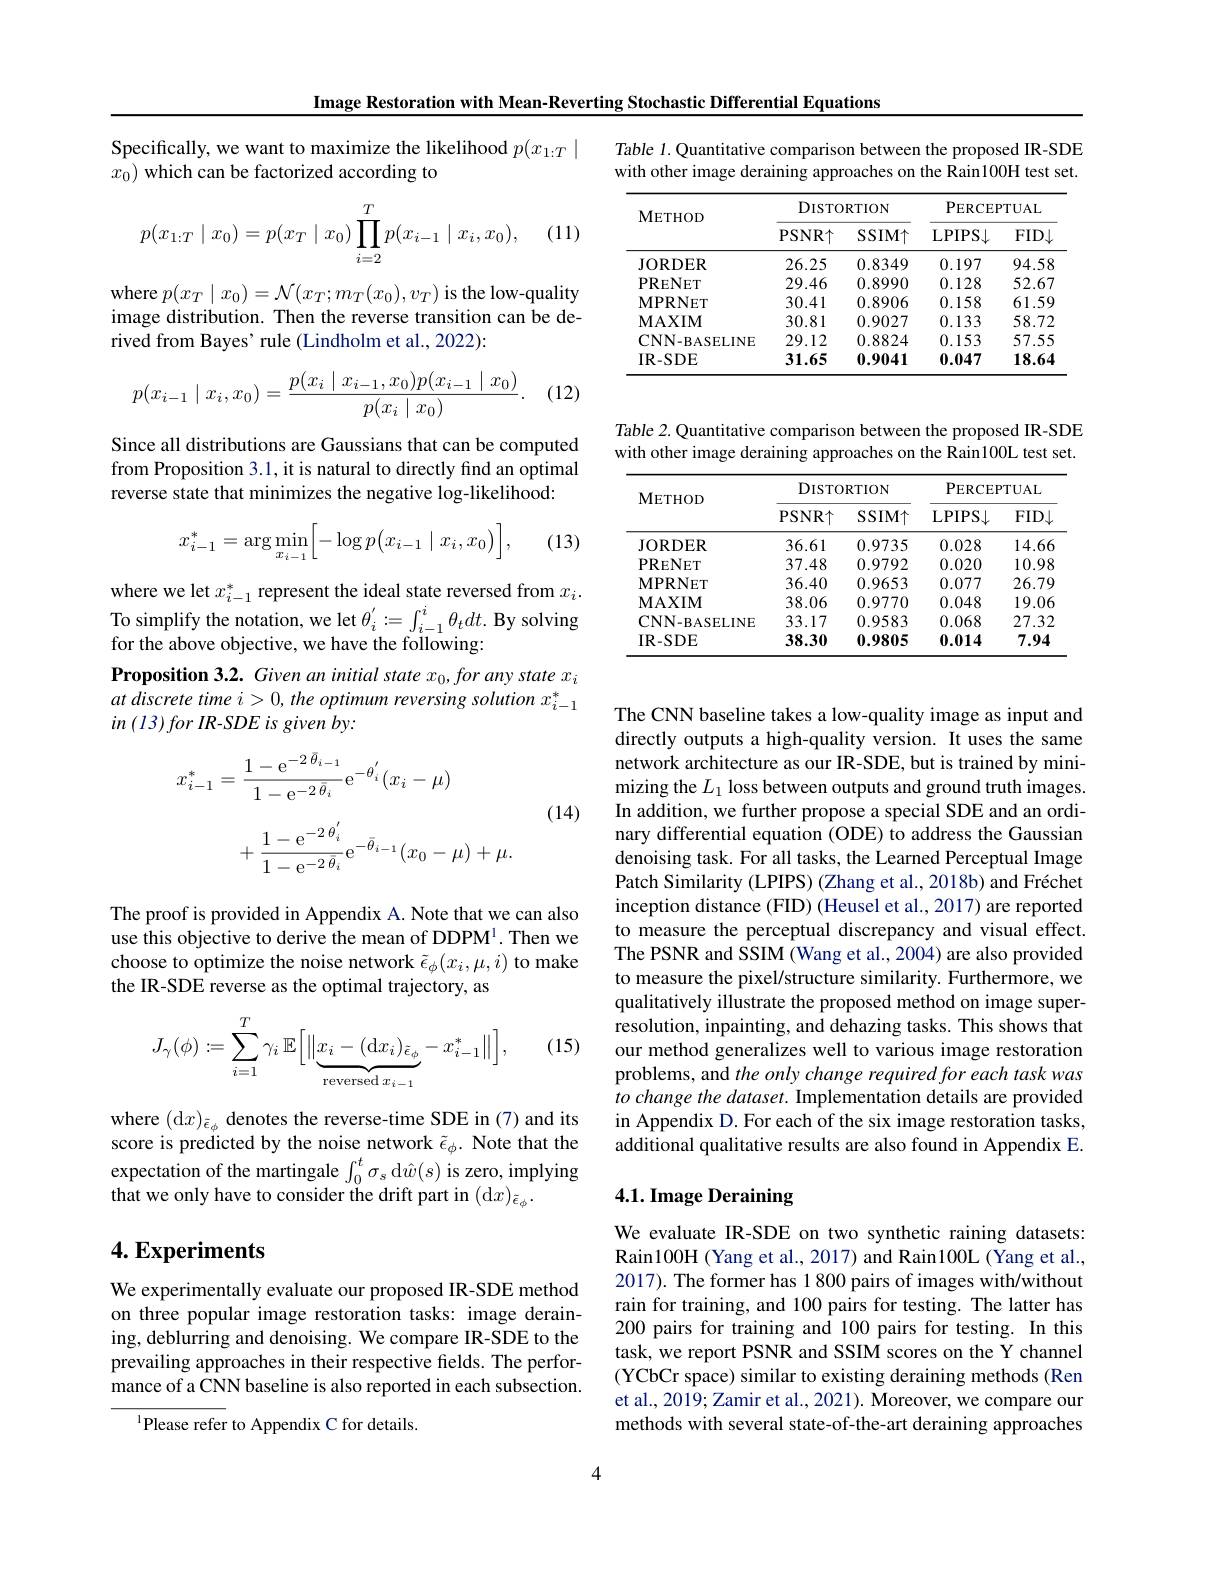
Image Restoration with Mean-Reverting Stochastic Differential Equations

Specifically, we want to maximize the likelihood $p(x_{1:T}\mid$
$x_0)$ which can be factorized according to
$$p(x_{1:T}\mid x_0)=p(x_T\mid x_0)\prod_{i=2}^Tp(x_{i-1}\mid x_i,x_0),$$
(11)

where $p(x_{T}\mid x_{0})=\mathcal{N}(x_{T};m_{T}(x_{0}),v_{T})$ is the low-quality image distribution. Then the reverse transition can be derived from Bayes' rule (Lindholm et al., 2022):

(12)
$$p(x_{i-1}\mid x_i,x_0)=\frac{p(x_i\mid x_{i-1},x_0)p(x_{i-1}\mid x_0)}{p(x_i\mid x_0)}.$$
Since all distributions are Gaussians that can be computed from Proposition 3.1, it is natural to directly find an optimal reverse state that minimizes the negative log-likelihood:
$$x_{i-1}^*=\arg\min_{x_{i-1}}\biggl[-\log p\bigl(x_{i-1}\mid x_i,x_0\bigr)\biggr],$$
(13)

where we let $x_i-1^*$ represent the ideal state reversed from $x_i.$ To simplify the notation, we let $\theta_i^{\prime}:=\int_{i-1}^{i}\theta_tdt.$ By solving for the above objective, we have the following:
Proposition 3.2. Given an initial state $x_0,for$ any state $x_i$ $at$ discrete time $i> 0, the\textit{optimum reversing solution }x_{i- 1}^*$ in $( 13) for\textit{IR- SDE is given by: }$
$$\begin{aligned}x_{i-1}^{*}&=\frac{1-\mathrm{e}^{-2\:\bar{\theta}_{i-1}}}{1-\mathrm{e}^{-2\:\bar{\theta}_{i}}}\mathrm{e}^{-\theta_{i}^{'}}(x_{i}-\mu)\\&+\frac{1-\mathrm{e}^{-2\:\theta_{i}^{'}}}{1-\mathrm{e}^{-2\:\bar{\theta}_{i}}}\mathrm{e}^{-\bar{\theta}_{i-1}}(x_{0}-\mu)+\mu.\end{aligned}$$
(14)

The proof is provided in Appendix A. Note that we can also use this objective to derive the mean of DDPM$^{1}.$ Then we choose to optimize the noise network $\tilde{\epsilon}_\phi(x_i,\mu,i)$ to make the IR-SDE reverse as the optimal trajectory, as

(15)
$$J_{\gamma}(\phi):=\sum_{i=1}^{T}\gamma_{i}\:\mathbb{E}\Big[\|\underbrace{x_{i}-(\mathrm{d}x_{i})_{\tilde{\epsilon}_{\phi}}}_{\text{reversed}x_{i-1}}-x_{i-1}^{*}\|\Big],$$
where (d$x)_{\tilde{\epsilon}_\phi}$ denotes the reverse-time SDE in (7)and its score is predicted by the noise network $\tilde{\epsilon}_\phi.$ Note that the expectation of the martingale $\int_0^t\sigma_s$d$\hat{w}(s)$ is zero, implying that we only have to consider the drift part in (d$x)_{\tilde{\epsilon}_\phi}.$

## $4. \textbf{Experiments}$

We experimentally evaluate our proposed IR-SDE method on three popular image restoration tasks: image deraining, deblurring and denoising. We compare IR-SDE to the prevailing approaches in their respective fields. The performance of a CNN baseline is also reported in each subsection.
$^{1}$Please refer to Appendix C for details.

Table 1. Quantitative comparison between the proposed IR-SDE with other image deraining approaches on the Rain100H test set.

<table>
	<tbody>
		<tr>
			<th rowspan="2">$\mathbf{METHOD}$</th>
			<th colspan="2">$\operatorname{DISTORTION}$</th>
			<th colspan="2">${\mathrm{PERCEPTUAL}}$</th>
		</tr>
		<tr>
			<th>PSNR$\uparrow$</th>
			<th>$SSIM\uparrow$</th>
			<th>LPIPS$\downarrow$</th>
			<th>$FID\downarrow$</th>
		</tr>
		<tr>
			<td>JORDER</td>
			<td>26.25</td>
			<td>0.8349</td>
			<td>0.197</td>
			<td>94.58</td>
		</tr>
		<tr>
			<td>PRENET</td>
			<td>29.46</td>
			<td>0.8990</td>
			<td>0.128</td>
			<td>52.67</td>
		</tr>
		<tr>
			<td>$\mathbf{MPRNET}$</td>
			<td>30.41</td>
			<td>0.8906</td>
			<td>0.158</td>
			<td>61.59</td>
		</tr>
		<tr>
			<td>$\mathbf{MAXIM}$</td>
			<td>30.81</td>
			<td>0.9027</td>
			<td>0.133</td>
			<td>58.72</td>
		</tr>
		<tr>
			<td>$\mathbf{CNN-BASELINE}$</td>
			<td>29.12</td>
			<td>0.8824</td>
			<td>0.153</td>
			<td>57.55</td>
		</tr>
		<tr>
			<td>IR- SDE</td>
			<td>31.65</td>
			<td>0.9041</td>
			<td>0.047</td>
			<td>18.64</td>
		</tr>
	</tbody>
</table>

Table 2. Quantitative comparison between the proposed IR-SDE with other image deraining approaches on the Rain100L test set.

<table>
	<tbody>
		<tr>
			<th rowspan="2">$\mathbf{METHOD}$</th>
			<th colspan="2">$\operatorname{DISTORTION}$</th>
			<th colspan="2">${\mathrm{PERCEPTUAL}}$</th>
		</tr>
		<tr>
			<th>PSNR$\uparrow$</th>
			<th>$SSIM\uparrow$</th>
			<th>LPIPS$\downarrow$</th>
			<th>$FID\downarrow$</th>
		</tr>
		<tr>
			<td>JORDER</td>
			<td>36.61</td>
			<td>0.9735</td>
			<td>0.028</td>
			<td>$14.6\epsilon$</td>
		</tr>
		<tr>
			<td>PRENET</td>
			<td>37.48</td>
			<td>0.9792</td>
			<td>0.020</td>
			<td>10.98</td>
		</tr>
		<tr>
			<td>$\mathbf{MPRNET}$</td>
			<td>36.40</td>
			<td>0.9653</td>
			<td>0.077</td>
			<td>26.79</td>
		</tr>
		<tr>
			<td>$\mathbf{MAXIM}$</td>
			<td>38.06</td>
			<td>0.9770</td>
			<td>0.048</td>
			<td>19.06</td>
		</tr>
		<tr>
			<td>$\mathbf{CNN-BASELINE}$</td>
			<td>33.17</td>
			<td>0.9583</td>
			<td>0.068</td>
			<td>27.32</td>
		</tr>
		<tr>
			<td>IR- SDE</td>
			<td>38.30</td>
			<td>0.9805</td>
			<td>0.014</td>
			<td>7.94</td>
		</tr>
	</tbody>
</table>

The CNN baseline takes a low-quality image as input and directly outputs a high-quality version. It uses the same network architecture as our IR-SDE, but is trained by minimizing the $L_1$ loss between outputs and ground truth images. In addition, we further propose a special SDE and an ordinary differential equation (ODE) to address the Gaussian denoising task. For all tasks, the Learned Perceptual Image Patch Similarity (LPIPS) (Zhang et al., 2018b) and Fréchet inception distance (FID) (Heusel et al., 2017) are reported to measure the perceptual discrepancy and visual effect. The PSNR and SSIM (Wang et al., 2004) are also provided to measure the pixel/structure similarity. Furthermore, we qualitatively illustrate the proposed method on image superresolution, inpainting, and dehazing tasks. This shows that our method generalizes well to various image restoration problems, and the only change required for each task was to change the dataset. Implementation details are provided in Appendix D. For each of the six image restoration tasks, additional qualitative results are also found in Appendix E.

# 4.1. Image Deraining

We evaluate IR-SDE on two synthetic raining datasets: Rain100H (Yang et al., 2017) and Rain100L (Yang et al., 2017). The former has 1 800 pairs of images with/without rain for training, and 100 pairs for testing. The latter has 200 pairs for training and 100 pairs for testing. In this task, we report PSNR and SSIM scores on the Y channel (YCbCr space) similar to existing deraining methods (Ren et al., 2019; Zamir et al., 2021). Moreover, we compare our methods with several state-of-the-art deraining approaches

4